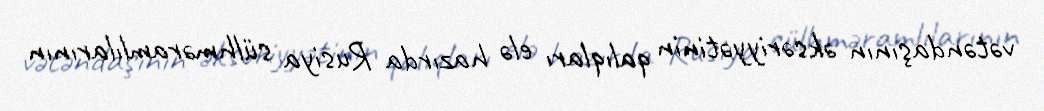
vətəndaşının əksəriyyətinin qalıqları elə hazırda Rusiya sülhməramlılarının